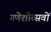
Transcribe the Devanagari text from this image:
गणेशोत्सवों